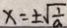
x = \pm \sqrt { \frac { 1 } { a } }